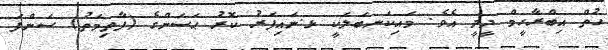
ހުތް އިބްރާހީމް ދީދީ އެވެ. މައިކަނބަލަކީ ޅ.ނައިފަރު ކޮރު ޙަސަންގެ (ފާތިމަތު) ސަންފަ